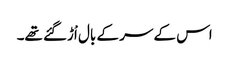
اس کے سر کے بال اْڑگئے تھے۔